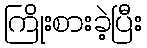
ကြိုးစားခဲ့ပြီး